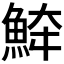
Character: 𩶮